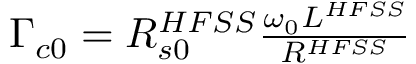
\begin{array} { r } { \Gamma _ { c 0 } = R _ { s 0 } ^ { H F S S } \frac { \omega _ { 0 } L ^ { H F S S } } { R ^ { H F S S } } } \end{array}